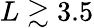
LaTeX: L\gtrsim 3.5